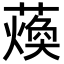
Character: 𮑴